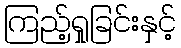
ကြည့်ရှုခြင်းနှင့်